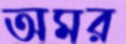
অমর